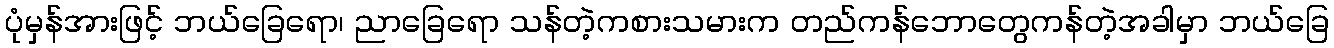
ပုံမှန်အားဖြင့် ဘယ်ခြေရော၊ ညာခြေရော သန်တဲ့ကစားသမားက တည်ကန်ဘောတွေကန်တဲ့အခါမှာ ဘယ်ခြေ